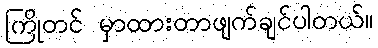
ကြိုတင် မှာထားတာဖျက်ချင်ပါတယ်။